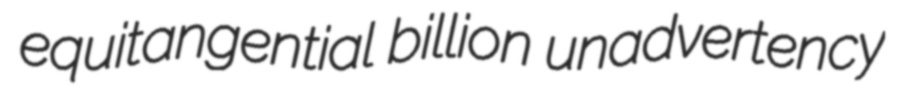
equitangential billion unadvertency